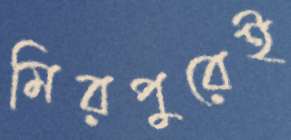
মিরপুরেই